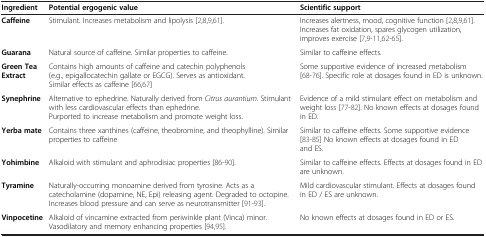
| Ingredient | Potential ergogenic value | Scientific support |
 | --- | --- | --- |
 | Caffeine | Stimulant. Increases metabolism and lipolysis [2,8,9,61]. | Increases alertness, mood, cognitive function [2,8,9,61]. Increases fat oxidation, spares glycogen utilization, improves exercise [7,9-11,62-65]. |
 | Guarana | Natural source of caffeine. Similar properties to caffeine. | Similar to caffeine effects. |
 | Green Tea Extract | Contains high amounts of caffeine and catechin polyphenols (e.g., epigallocatechin gallate or EGCG). Serves as antioxidant. Similar effects as caffeine [66,67] | Some supportive evidence of increased metabolism [68-76]. Specific role at dosages found in ED is unknown. |
 | Synephrine | Alternative to ephedrine. Naturally derived from Citrus aurantium. Stimulant with less cardiovascular effects than ephedrine. Purported to increase metabolism and promote weight loss. | Evidence of a mild stimulant effect on metabolism and weight loss [77-82]. No known effects at dosages found in ED. |
 | Yerba mate | Contains three xanthines (caffeine, theobromine, and theophylline). Similar properties to caffeine | Similar to caffeine effects. Some supportive evidence [83-85] No known effects at dosages found in ED and ES. |
 | Yohimbine | Alkaloid with stimulant and aphrodisiac properties [86-90]. | Similar to caffeine effects. Effects at dosages found in ED are unknown. |
 | Tyramine | Naturally-occurring monoamine derived from tyrosine. Acts as a catecholamine (dopamine, NE, Epi) releasing agent. Degraded to octopine. Increases blood pressure and can serve as neurotransmitter [91-93]. | Mild cardiovascular stimulant. Effects at dosages found in ED / ES are unknown. |
 | Vinpocetine | Alkaloid of vincamine extracted from periwinkle plant (Vinca) minor. Vasodilatory and memory enhancing properties [94,95]. | No known effects at dosages found in ED or ES. |